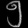
Digit: ၅